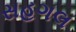
સહગલ